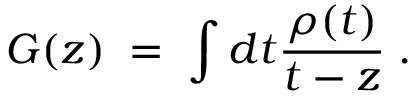
G ( z ) \; = \; \int d t \frac { \rho ( t ) } { t - z } \; .